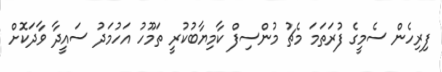
ފިރިހެން ސެމީގެ ފުރަތަމަ މެޗު މުންސިފް ކާމިޔާބުކުރީ ތަމޫހު އަހުމަދު ސައީދާ ވާދަކޮށް